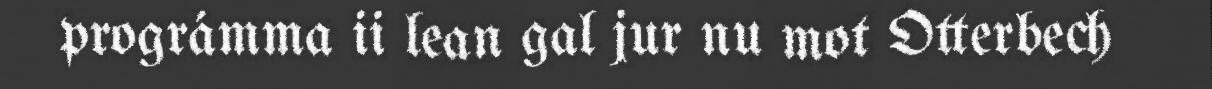
prográmma ii lean gal jur nu mot Otterbech